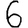
Digit: 6